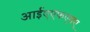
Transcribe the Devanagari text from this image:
आईएएफएमए